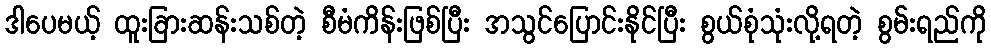
ဒါပေမယ့် ထူးခြားဆန်းသစ်တဲ့ စီမံကိန်းဖြစ်ပြီး အသွင်ပြောင်းနိုင်ပြီး စွယ်စုံသုံးလို့ရတဲ့ စွမ်းရည်ကို